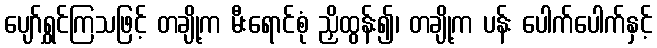
ပျော်ရွှင်ကြသဖြင့် တချို့က မီးရောင်စုံ ညှိထွန်း၍၊ တချို့က ပန်း ပေါက်ပေါက်နှင့်